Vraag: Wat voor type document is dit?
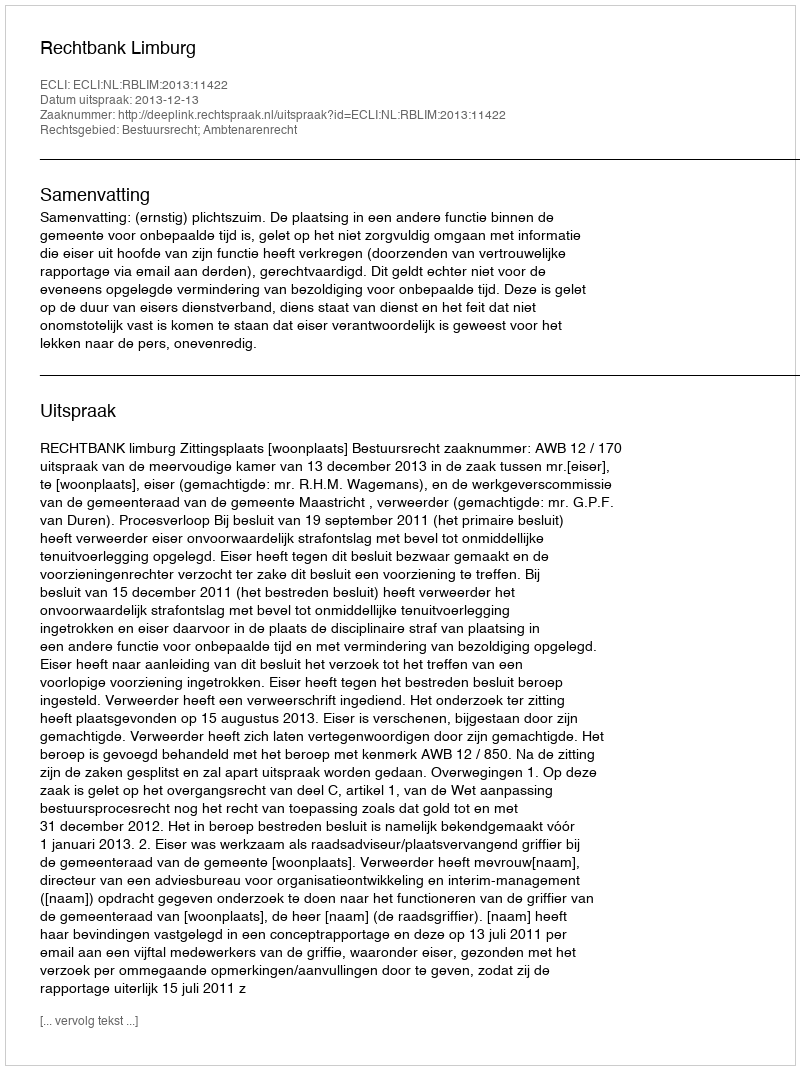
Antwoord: Uitspraak